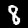
Label: 8